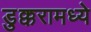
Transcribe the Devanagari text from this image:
डुक्करामध्ये